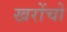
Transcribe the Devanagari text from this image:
खरोंचो